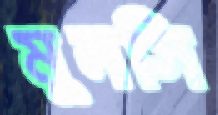
মুনসি